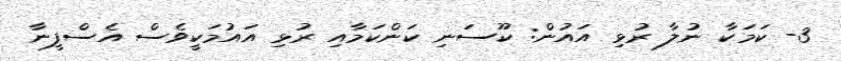
3- ކަމަކާ ނުލާ ރުޅި އައުން: ކޫސަނި ކަންކަމާއި ރުޅި އައުމަކީވެސް އެސްފީނާ